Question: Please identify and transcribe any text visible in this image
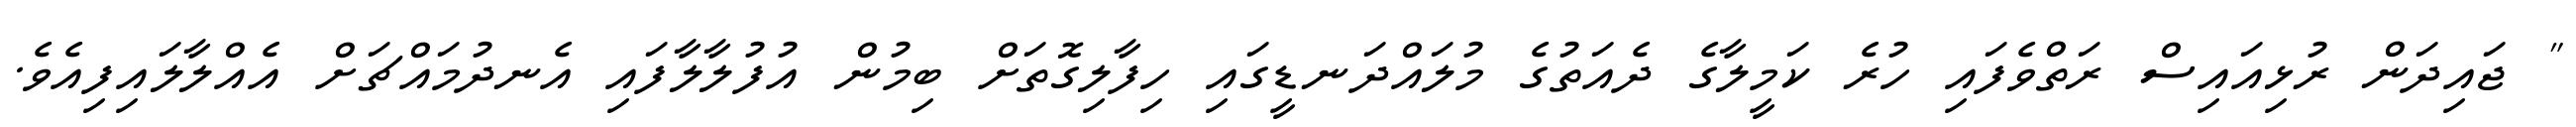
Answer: " ޖައިދަން ރުޅިއައިސް ރަތްވެފައި ހުރެ ކަމީލާގެ ދެއަތުގެ މުލައްދަނޑީގައި ހިފާލިގޮތަށް ބިމުން އުފުލާލާފައި އެނދުމައްޗަށް އެއްލާލައިފިއެވެ.